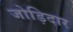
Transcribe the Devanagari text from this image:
जोड़िदार